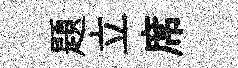
題立席